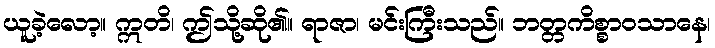
ယူခဲ့လော့။ ဣတိ၊ ဤသို့ဆို၏။ ရာဇာ၊ မင်းကြီးသည်။ ဘတ္တကိစ္စာဝသာနေ၊